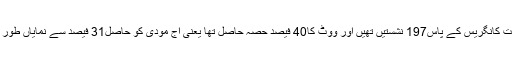
1989 میں جب راجیو گاندھی حزبِ اختلاف کی بینچ پر بیٹھے تھے تو اس وقت کانگریس کے پاس197 نشستیں تھیں اور ووٹ کا40 فیصد حصہ حاصل تھا یعنی آج مودی کو حاصل31 فیصد سے نمایاں طور پر زیادہ تعداد، یہ بات الگ ہے کہ مودی کے پاس نشستوں کی تعداد زیادہ ہے۔